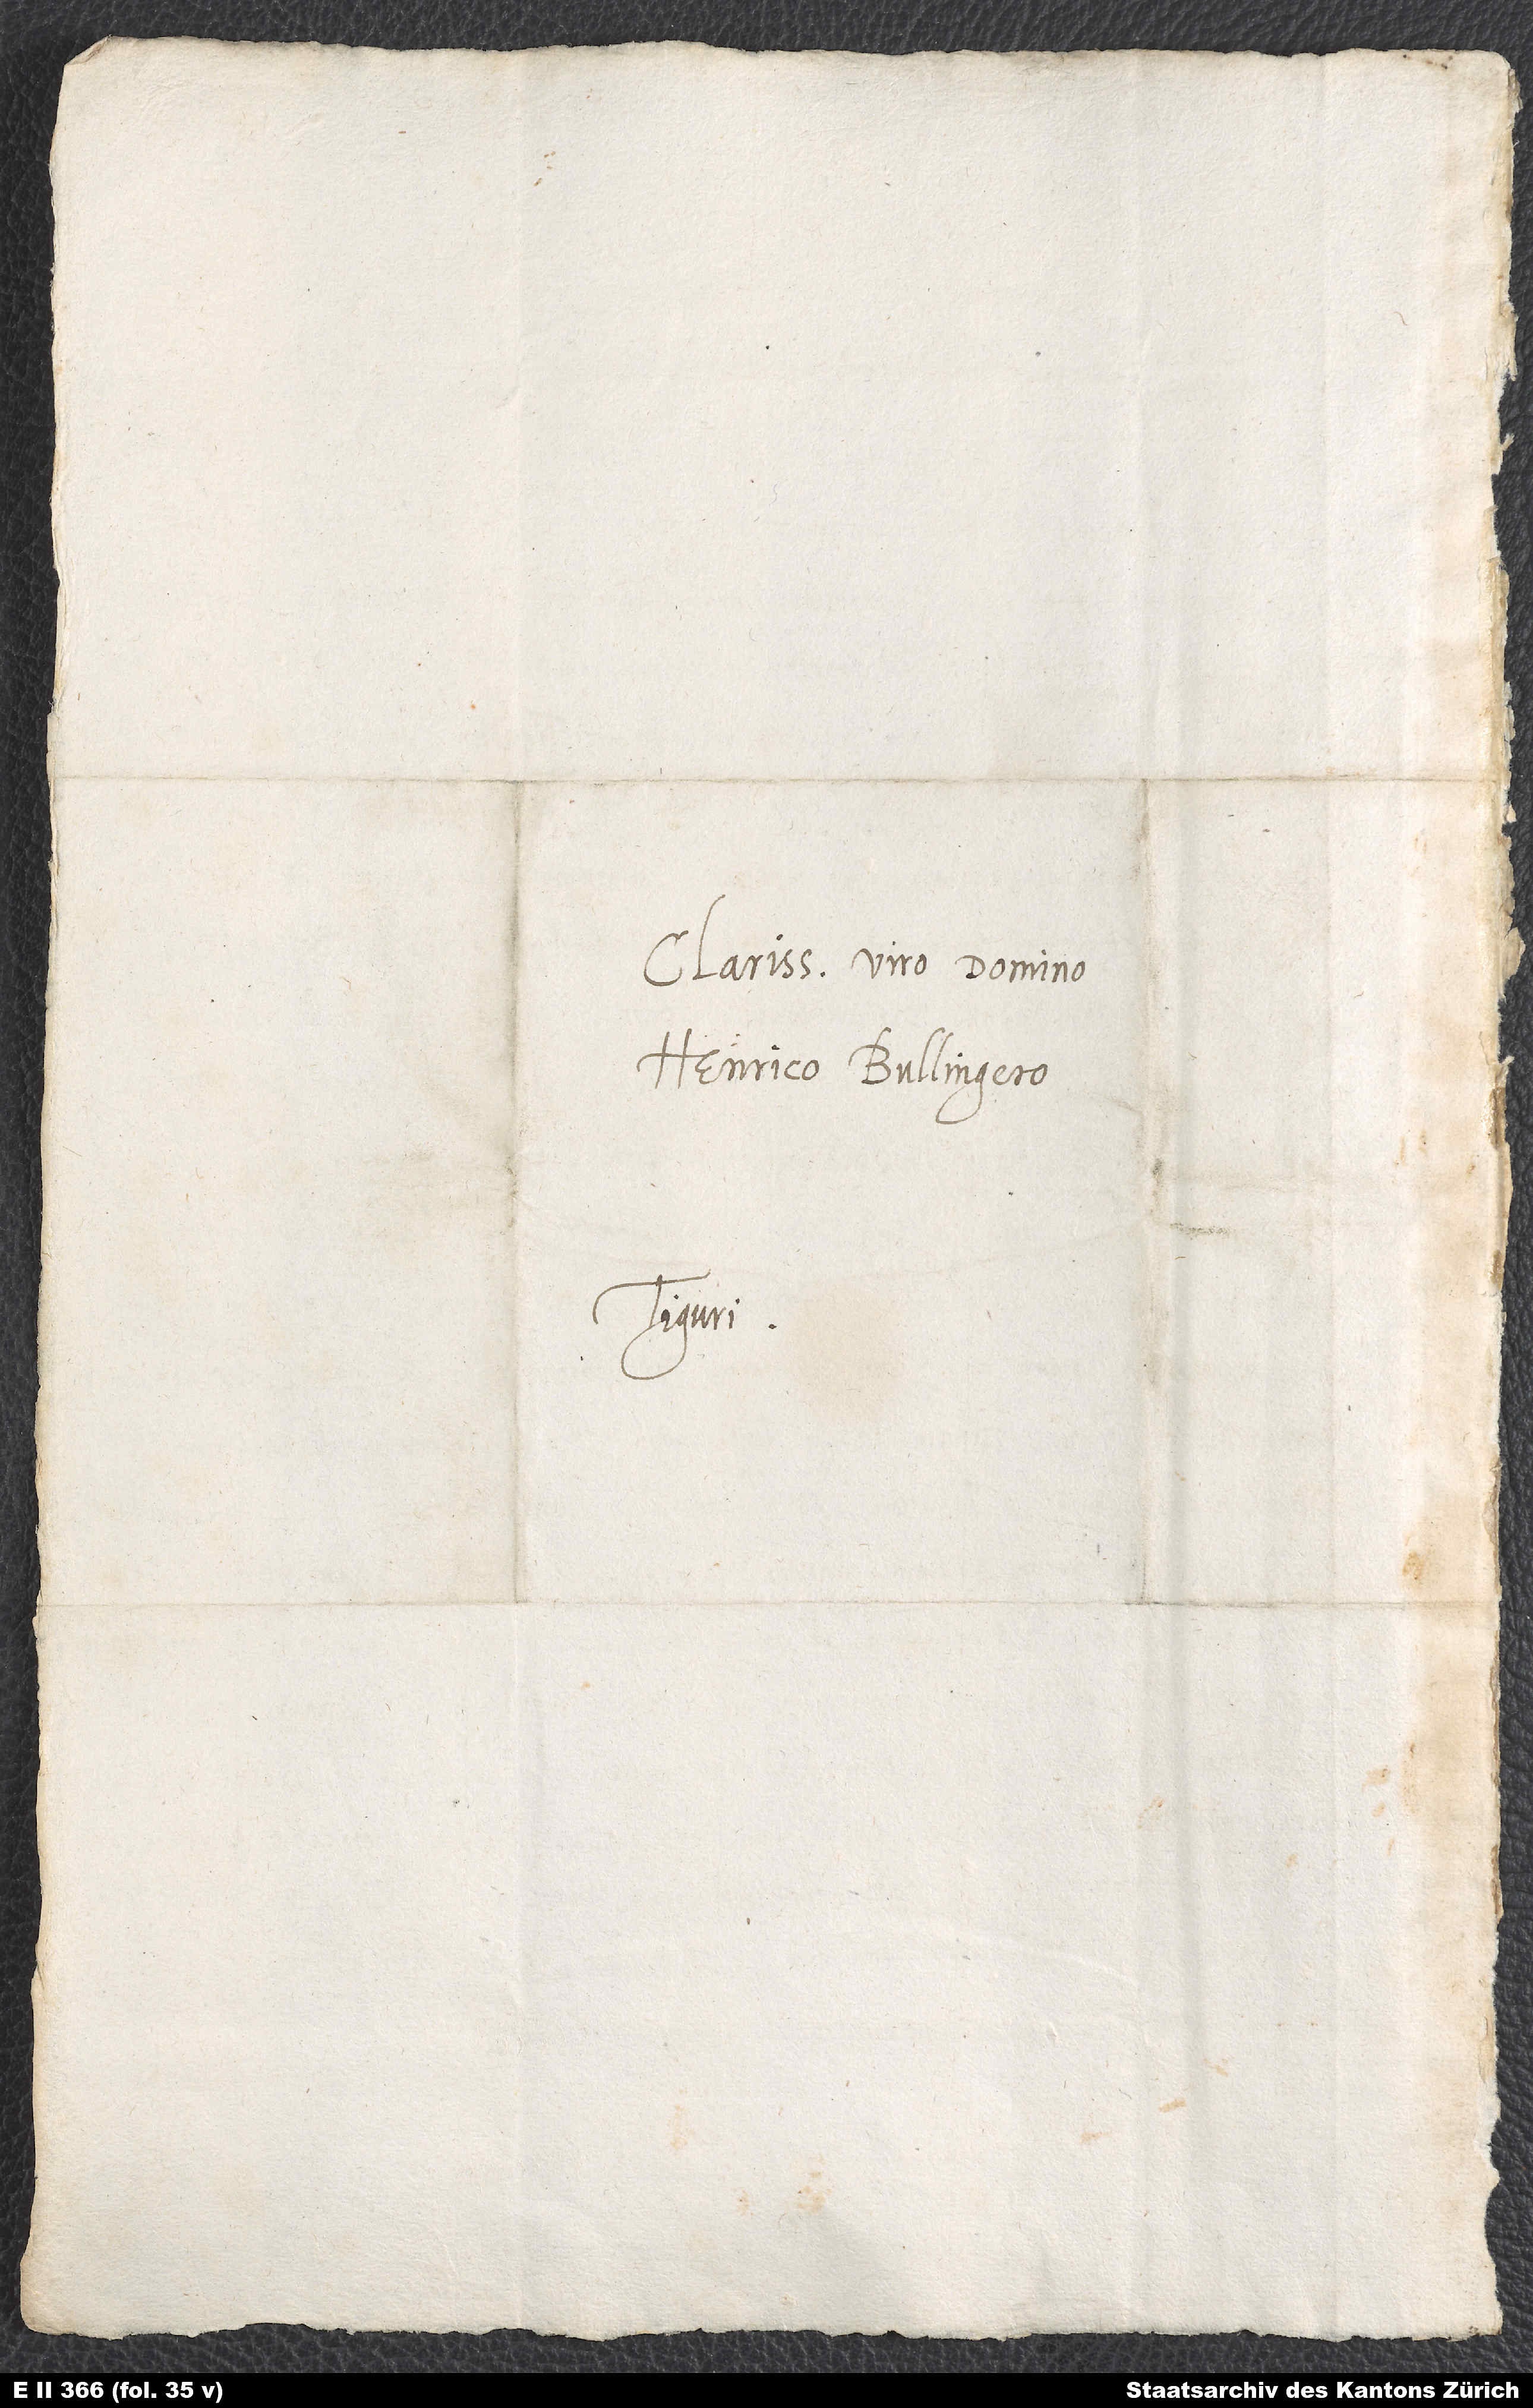
Clarissimo viro domino
Henrico Bullingero.
Tiguri.